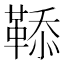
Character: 𩋅